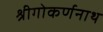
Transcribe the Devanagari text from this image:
श्रीगोकर्णनाथ